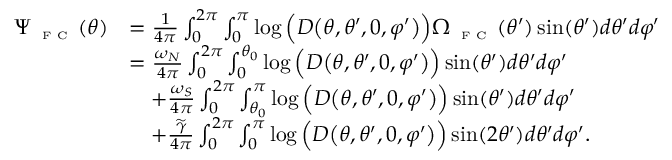
\begin{array} { r l } { \Psi _ { \textnormal { \tiny { F C } } } ( \theta ) } & { = \frac { 1 } { 4 \pi } \int _ { 0 } ^ { 2 \pi } \int _ { 0 } ^ { \pi } \log \Big ( D \big ( \theta , \theta ^ { \prime } , 0 , \varphi ^ { \prime } \big ) \Big ) \Omega _ { \textnormal { \tiny { F C } } } ( \theta ^ { \prime } ) \sin ( \theta ^ { \prime } ) d \theta ^ { \prime } d \varphi ^ { \prime } } \\ & { = \frac { \omega _ { N } } { 4 \pi } \int _ { 0 } ^ { 2 \pi } \int _ { 0 } ^ { \theta _ { 0 } } \log \Big ( D \big ( \theta , \theta ^ { \prime } , 0 , \varphi ^ { \prime } \big ) \Big ) \sin ( \theta ^ { \prime } ) d \theta ^ { \prime } d \varphi ^ { \prime } } \\ & { \quad + \frac { \omega _ { S } } { 4 \pi } \int _ { 0 } ^ { 2 \pi } \int _ { \theta _ { 0 } } ^ { \pi } \log \Big ( D \big ( \theta , \theta ^ { \prime } , 0 , \varphi ^ { \prime } \big ) \Big ) \sin ( \theta ^ { \prime } ) d \theta ^ { \prime } d \varphi ^ { \prime } } \\ & { \quad + \frac { \widetilde { \gamma } } { 4 \pi } \int _ { 0 } ^ { 2 \pi } \int _ { 0 } ^ { \pi } \log \Big ( D \big ( \theta , \theta ^ { \prime } , 0 , \varphi ^ { \prime } \big ) \Big ) \sin ( 2 \theta ^ { \prime } ) d \theta ^ { \prime } d \varphi ^ { \prime } . } \end{array}